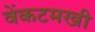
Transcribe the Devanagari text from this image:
वेंकटमखी